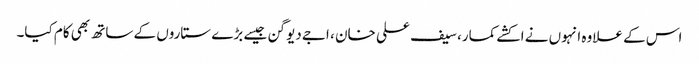
اس کے علاوہ انہوں نے اکشے کمار، سیف علی خان ، اجے دیوگن جیسے بڑے ستاروں کے ساتھ بھی کام کیا۔